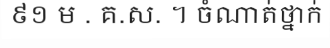
៩១ ម . គ.ស. ។ ចំណាត់ថ្នាក់